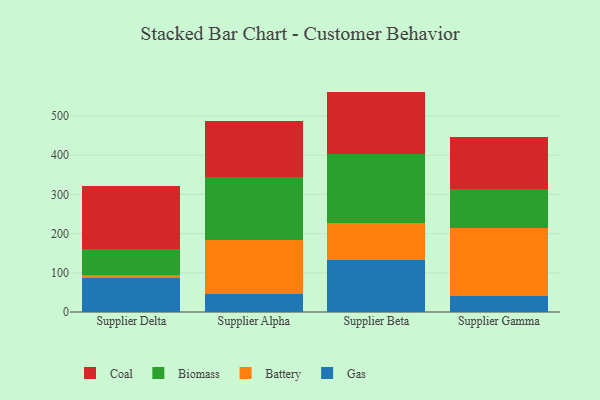
{"axis": {"x": "Supplier", "y": "Operating Costs (USD K)"}, "legend": ["Battery", "Biomass", "Coal", "Gas"], "data": [{"x": "Supplier Delta", "y": 86.9, "type": "Gas"}, {"x": "Supplier Delta", "y": 8.0, "type": "Battery"}, {"x": "Supplier Delta", "y": 66.8, "type": "Biomass"}, {"x": "Supplier Delta", "y": 160.2, "type": "Coal"}, {"x": "Supplier Alpha", "y": 46.3, "type": "Gas"}, {"x": "Supplier Alpha", "y": 138.0, "type": "Battery"}, {"x": "Supplier Alpha", "y": 160.3, "type": "Biomass"}, {"x": "Supplier Alpha", "y": 142.0, "type": "Coal"}, {"x": "Supplier Beta", "y": 131.7, "type": "Gas"}, {"x": "Supplier Beta", "y": 95.4, "type": "Battery"}, {"x": "Supplier Beta", "y": 176.0, "type": "Biomass"}, {"x": "Supplier Beta", "y": 159.3, "type": "Coal"}, {"x": "Supplier Gamma", "y": 40.9, "type": "Gas"}, {"x": "Supplier Gamma", "y": 173.4, "type": "Battery"}, {"x": "Supplier Gamma", "y": 100.0, "type": "Biomass"}, {"x": "Supplier Gamma", "y": 131.9, "type": "Coal"}]}